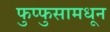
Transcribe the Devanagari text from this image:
फुप्फुसामधून